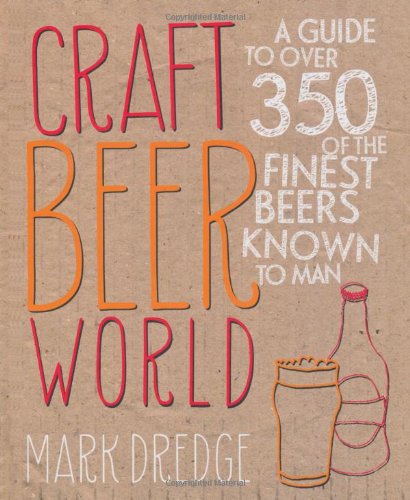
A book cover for Craft Beer World; Mark Dredge; Humor & Entertainment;